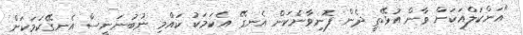
"އަންކަލްއަކަށް ވާން އުޅޭތީ ދެން ފޮނިވާނެކަން އެނގޭ އެކަމަކު ކައްމި ނުބުނަނީސް އެނގޭކަމަކަށް